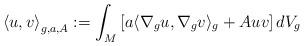
LaTeX: \begin{align*}\left\langle u,v\right\rangle _{g,a,A}:=\int_{M}\left[ a\langle\nabla_{g}u,\nabla_{g}v\rangle_{g}+Auv\right] dV_{g} \end{align*}